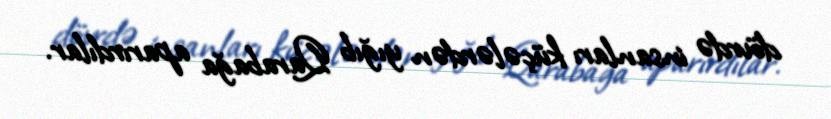
dövrdə insanları küçələrdən yığıb Qarabağa aparırdılar.